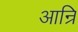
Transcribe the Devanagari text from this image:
आन्रि